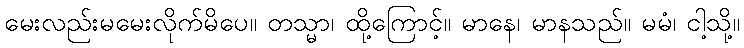
မေးလည်းမမေးလိုက်မိပေ။ တသ္မာ၊ ထို့ကြောင့်။ မာနေ၊ မာနသည်။ မမံ၊ ငါ့သို့။